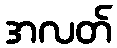
အလတ်